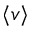
\langle v \rangle